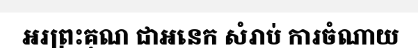
អរព្រះគុណ ជាអនេក សំរាប់ ការចំណាយ